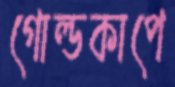
গোল্ডকাপে